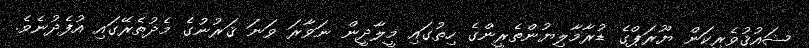
ޝައުޤުވެރިކަން ޔޫރަޕްގެ ޑުރާމާލިޔުންތެރީންގެ ހިތުގައި މީލާދީން ނަވާރަ ވަނަ ޤަރުނުގެ މެދުތެރޭގައި އުފެދުނެވެ.